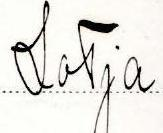
Lotja